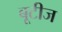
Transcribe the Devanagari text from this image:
बूटीज